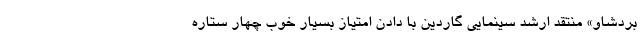
بردشاو» منتقد ارشد سینمایی گاردین با دادن امتیاز بسیار خوب چهار ستاره